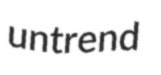
untrend